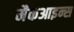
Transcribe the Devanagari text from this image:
मैकआइन्स